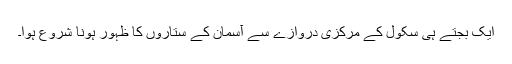
ایک بجتے ہی سکول کے مرکزی دروازے سے آسمان کے ستاروں کا ظہور ہونا شروع ہوا۔